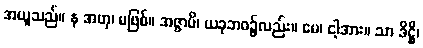
အယူသည်။ န အဟု၊ မဖြစ်။ အဇ္ဇာပိ၊ ယခုဘဝ၌လည်း။ မေ၊ ငါ့အား။ သာ ဒိဋ္ဌိ၊